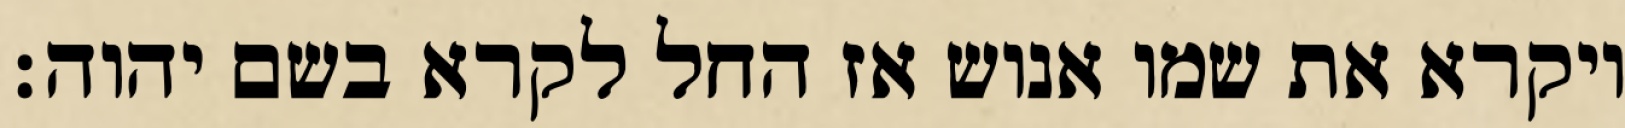
ויקרא את שמו אנוש אז החל לקרא בשם יהוה׃